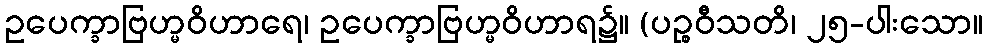
ဥပေက္ခာဗြဟ္မဝိဟာရေ၊ ဥပေက္ခာဗြဟ္မဝိဟာရ၌။ (ပဉ္စဝီသတိ၊ ၂၅-ပါးသော။